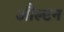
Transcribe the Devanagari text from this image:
औल्टन